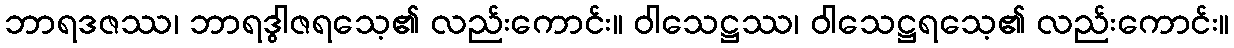
ဘာရဒဇဿ၊ ဘာရဒွါဇရသေ့၏ လည်းကောင်း။ ဝါသေဋ္ဌဿ၊ ဝါသေဋ္ဌရသေ့၏ လည်းကောင်း။